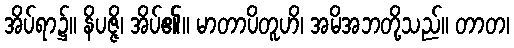
အိပ်ရာ၌။ နိပဇ္ဇိ၊ အိပ်၏။ မာတာပိတူဟိ၊ အမိအဘတို့သည်။ တာတ၊